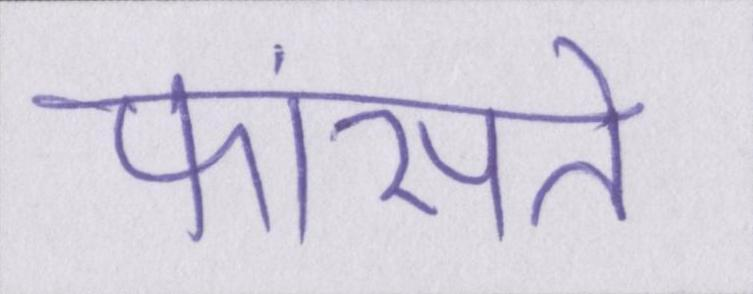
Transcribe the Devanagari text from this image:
फांसते